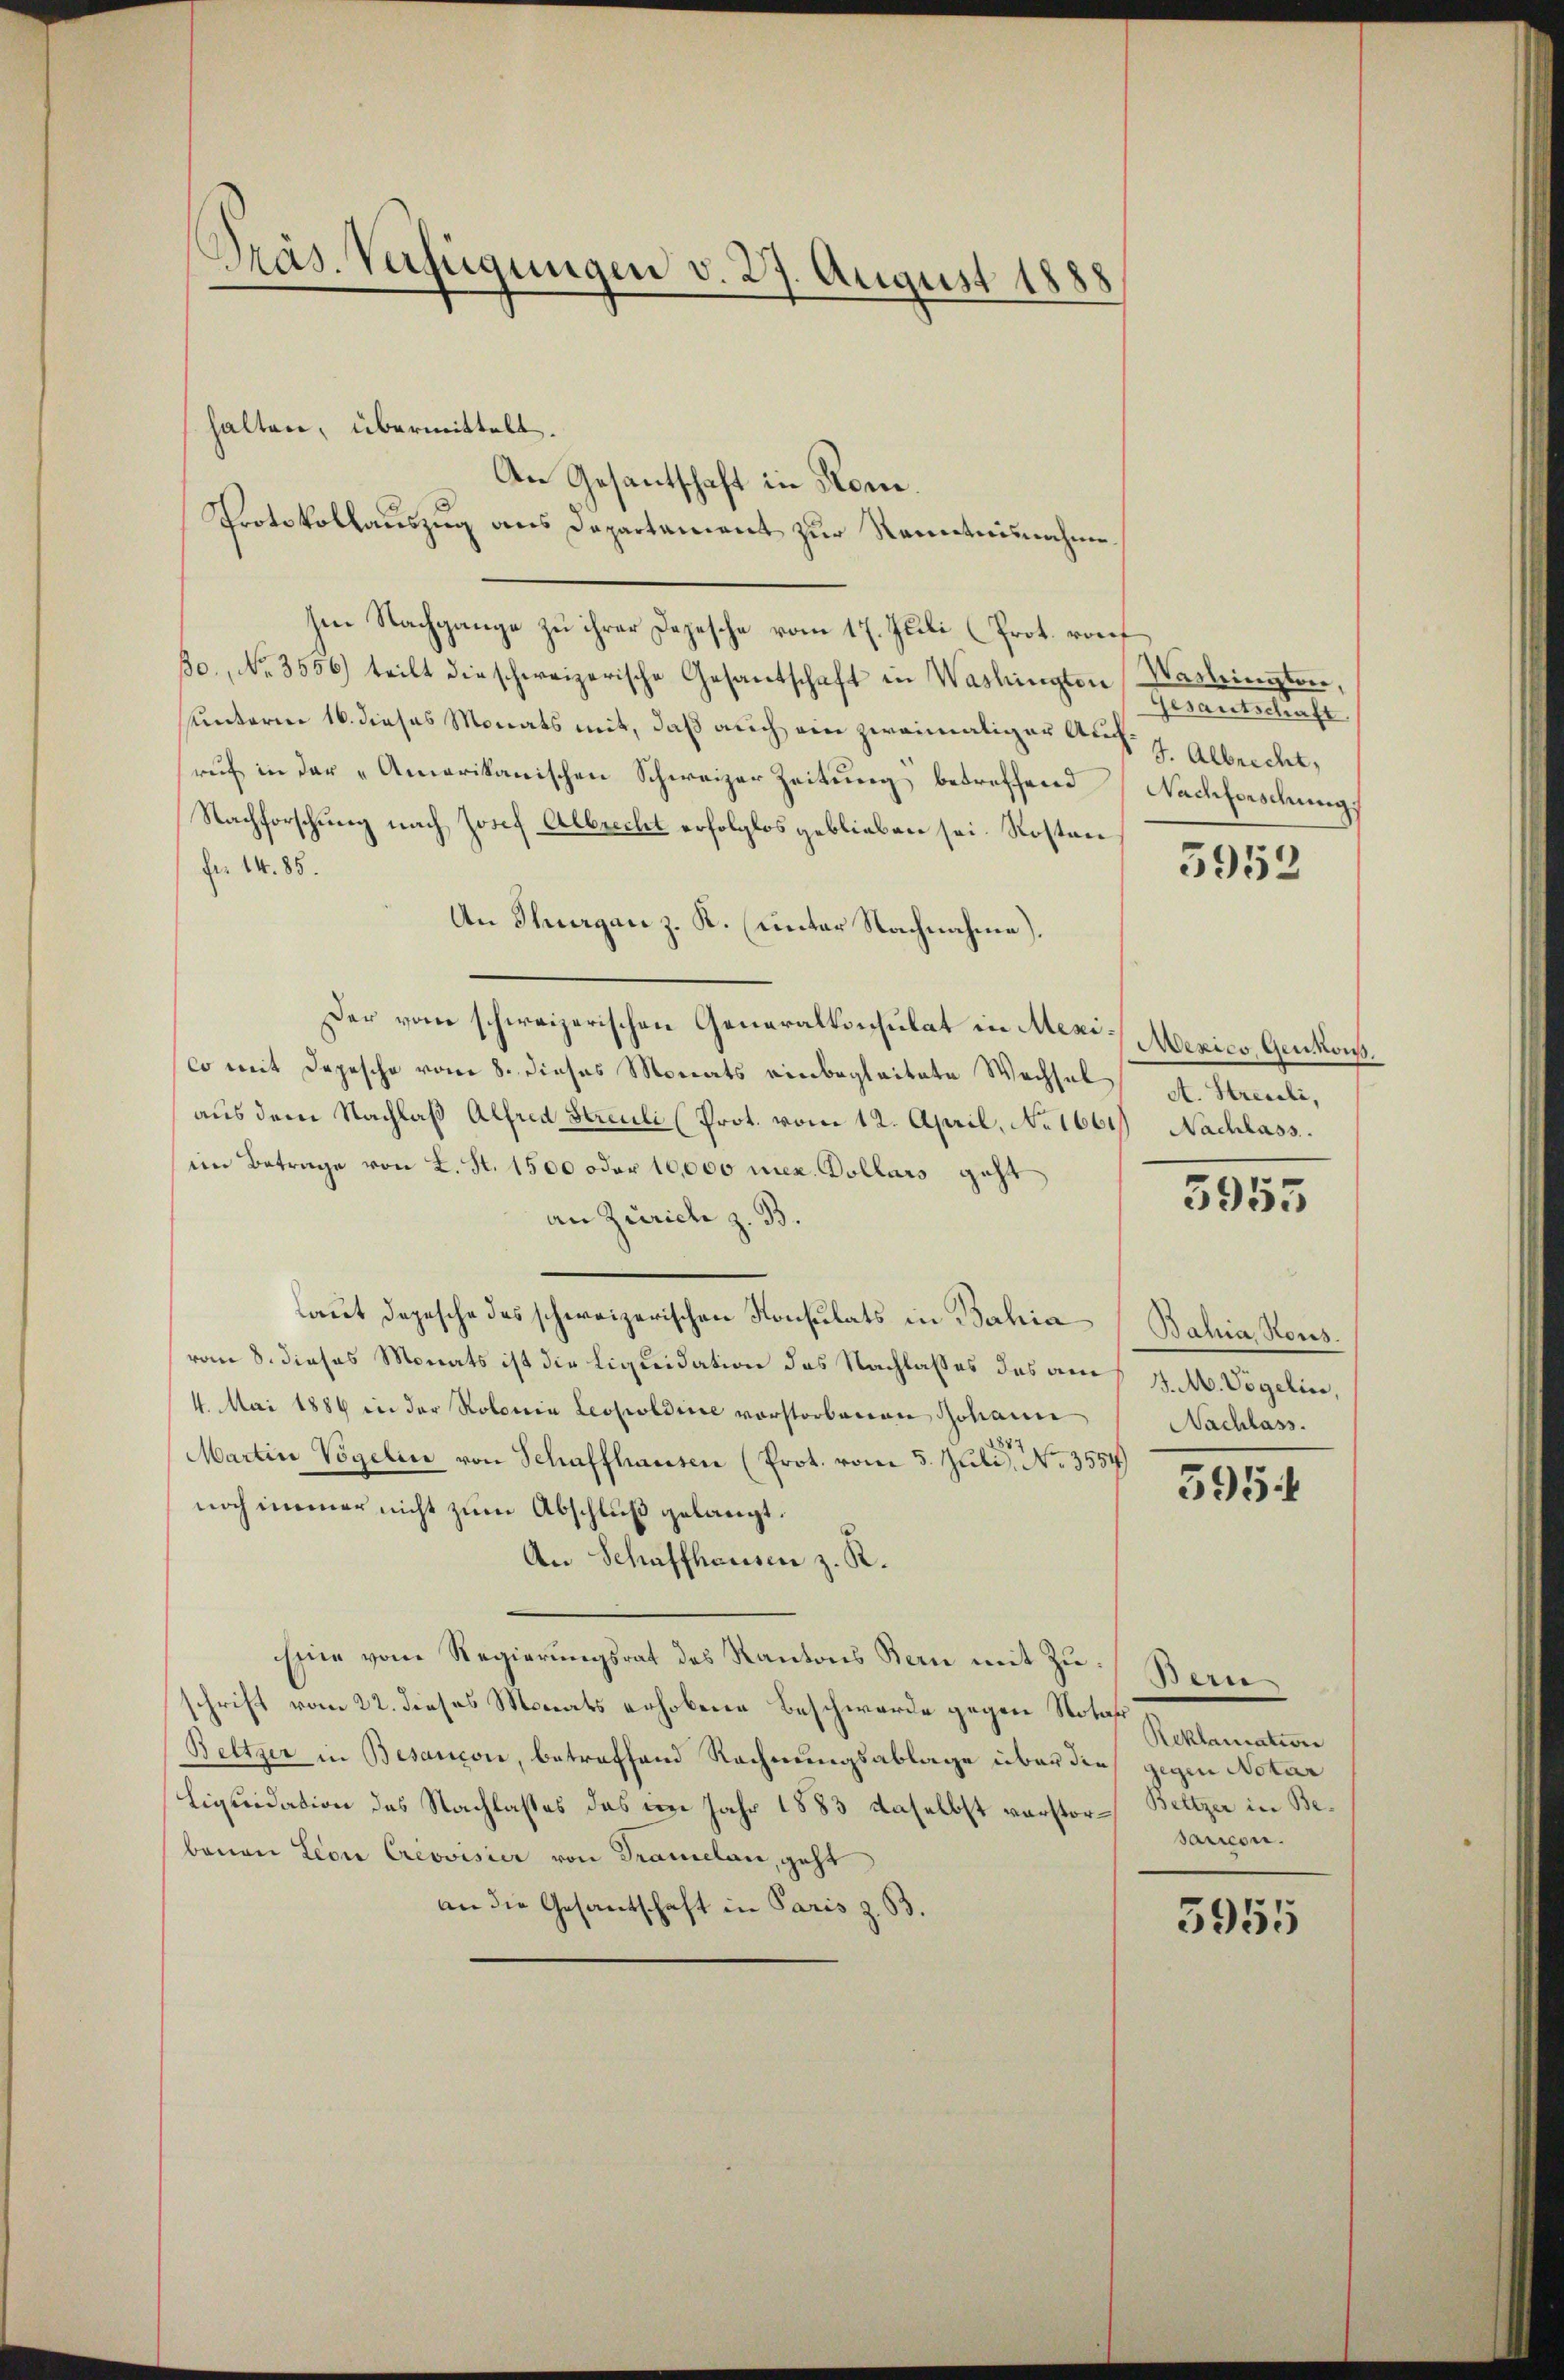
Präs. Verfügungen v. 27. August 1888

halten, übermittelt.
An Gesantschaft in Rone.
Protokollauszug aus Departement zur Kenntnisnahme
Ien Nachgange zu ihrer Depesche vom 17. Juli (Prot. rauf
o, No 3556) teilt die schweizerische Gesantschaft in Washingter Gerantschaft
hunterm 16. dieses Monats mit, daß auch ein zweimatiger Auf- J. Albrecht,
ruf in der „Amerikanischen Schweizer Zeitung betreffend Nachforschung.
Nachforschung nach Josef Albrecht erfolglos geblieben sei. Kosten
für 14. 85.
An Stergan z. K. (unter Nachnahme).
Der vom schweizerischen Generalkonsulat in Mexi-Mexico, Genkons
co mit Depesche vom 8. dieses Monats einbegleitete Wechsel A. Streceli,
aus dem Nachlaβ Alfred Streuli (Prot. vom 12. April, No 1661. Nachlass.
im Betrage von L. S. 1500 oder 10,000 mez. Dollars geht
an Zürich z. B.
laut Depesche des schweizerischen Konsulats in Bahia (Bahia Kons.
vom 8. dieses Monats ist die Liquidation des Nachlasses des am 4. M. Vogelin,
4. Mai 1884 in der Kolonia Leopoldire vorstorbenen Johann Nachlass.
Martin Vogelin von Schaffhausen (Prot. vom 5. Juli, No. 3554)
noch immer nicht zum Abschluß gelangt.
An Schaffhausen z. R.
Eine vom Regierŭngsrat des Kantons Kern mit zu Bern
schrift vom 22. dieses Monats erhobene Beschwerde gegen Notar
Beltzer in Besançon, betreffend Rechnungsablage über die gegen Notar
Liquidation des Nachlasses das im Jahr 1883 daselbst verstor-Beltzer in Bebenen Leon Cresvisier von Dramelan, geht
an die Gesandschaft in Paris Z. 33.

Washingten.

5952

5955

595.

Reklamation
sancen.

5955